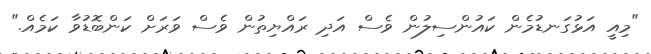
"މިއީ އަޅުގަނޑުމެން ކައުންސިލުން ވެސް އަދި ރައްޔިތުން ވެސް ވަރަށް ކަންބޮޑުވާ ކަމެއް."